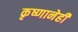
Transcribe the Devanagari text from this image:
कृष्णानेही